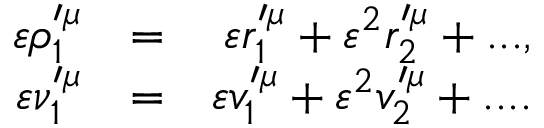
\begin{array} { r l r } { \varepsilon \rho _ { 1 } ^ { \prime \mu } } & { = } & { \varepsilon r _ { 1 } ^ { \prime \mu } + \varepsilon ^ { 2 } r _ { 2 } ^ { \prime \mu } + . . . , } \\ { \varepsilon \nu _ { 1 } ^ { \prime \mu } } & { = } & { \varepsilon v _ { 1 } ^ { \prime \mu } + \varepsilon ^ { 2 } v _ { 2 } ^ { \prime \mu } + . . . . } \end{array}